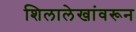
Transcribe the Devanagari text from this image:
शिलालेखांवरून